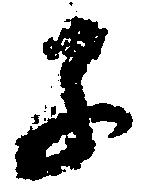
子